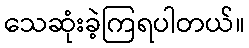
သေဆုံးခဲ့ကြရပါတယ်။